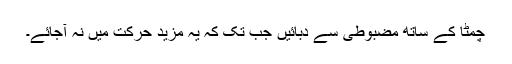
چمٹا کے ساتھ مضبوطی سے دبائیں جب تک کہ یہ مزید حرکت میں نہ آجائے۔